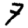
Digit: 7